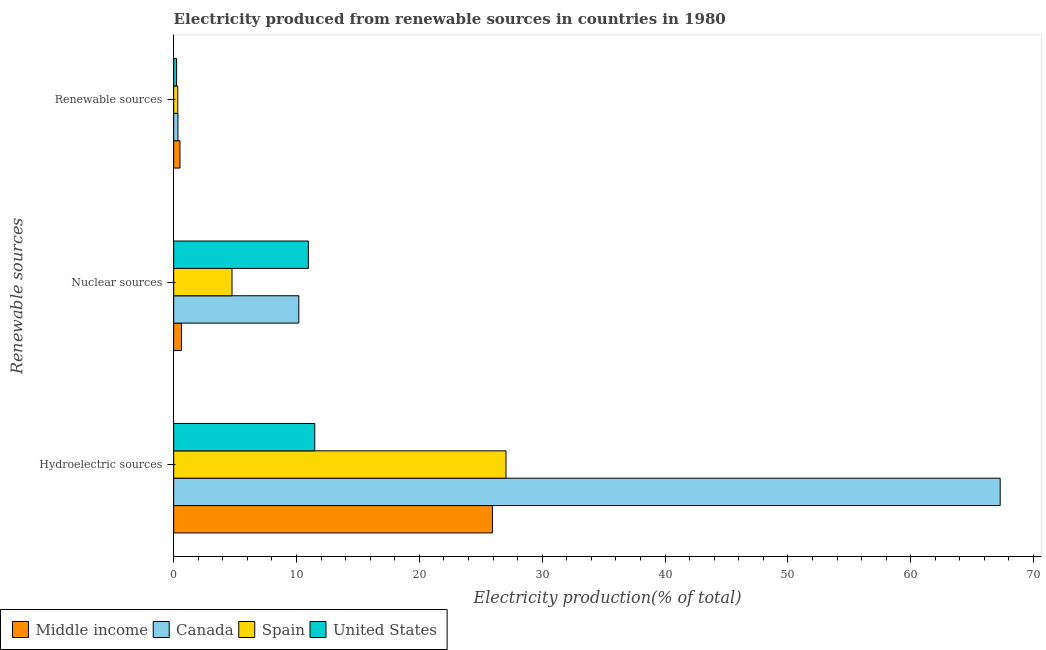
| Renewable sources | Middle income | Canada | Spain | United States |
 | --- | --- | --- | --- | --- |
 | Hydroelectric sources | 25.9 | 67.3 | 27.1 | 11.5 |
 | Nuclear sources | 0.631 | 10.2 | 4.75 | 11 |
 | Renewable sources | 0.511 | 0.348 | 0.331 | 0.239 |